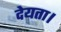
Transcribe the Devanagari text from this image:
देयता।